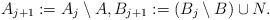
LaTeX: \begin{align*} A_{j+1}:=A_j\setminus A,B_{j+1}:= (B_j\setminus B)\cup N.\end{align*}